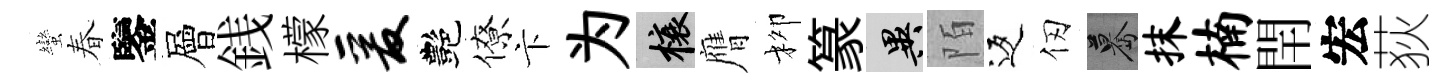
蠻春鑒層銭檬爰艷僚卞为榱膺柳篆异陌返仞驀抹楠閈宏荻